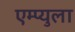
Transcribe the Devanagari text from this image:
एम्प्युला